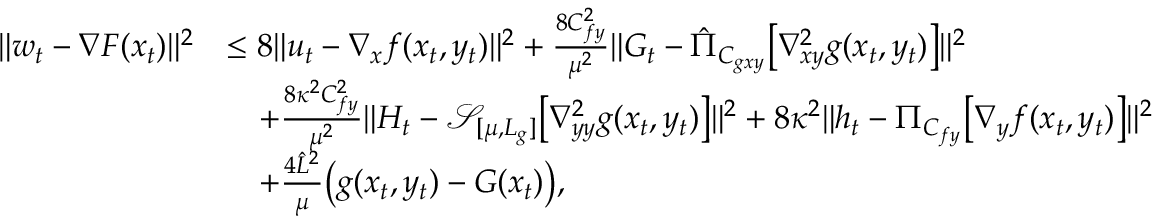
\begin{array} { r l } { \| w _ { t } - \nabla F ( x _ { t } ) \| ^ { 2 } } & { \leq 8 \| u _ { t } - \nabla _ { x } f ( x _ { t } , y _ { t } ) \| ^ { 2 } + \frac { 8 C _ { f y } ^ { 2 } } { \mu ^ { 2 } } \| G _ { t } - \hat { \Pi } _ { C _ { g x y } } \big [ \nabla _ { x y } ^ { 2 } g ( x _ { t } , y _ { t } ) \big ] \| ^ { 2 } } \\ & { \quad + \frac { 8 \kappa ^ { 2 } C _ { f y } ^ { 2 } } { \mu ^ { 2 } } \| H _ { t } - \mathcal { S } _ { [ \mu , L _ { g } ] } \big [ \nabla _ { y y } ^ { 2 } g ( x _ { t } , y _ { t } ) \big ] \| ^ { 2 } + 8 \kappa ^ { 2 } \| h _ { t } - \Pi _ { C _ { f y } } \big [ \nabla _ { y } f ( x _ { t } , y _ { t } ) \big ] \| ^ { 2 } } \\ & { \quad + \frac { 4 \hat { L } ^ { 2 } } { \mu } \big ( g ( x _ { t } , y _ { t } ) - G ( x _ { t } ) \big ) , } \end{array}